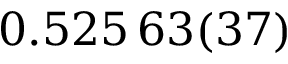
0 . 5 2 5 \, 6 3 ( 3 7 )